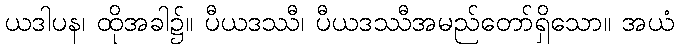
ယဒါပန၊ ထိုအခါ၌။ ပီယဒဿီ၊ ပီယဒဿီအမည်တော်ရှိသော။ အယံ